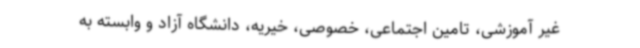
غیر آموزشی، تامین اجتماعی، خصوصی، خیریه، دانشگاه آزاد و وابسته به